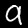
Digit: 9